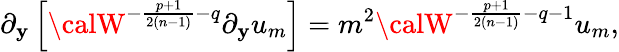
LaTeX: \partial_{\mathbf{y}}\left[{\calW}^{-{\frac{{p+1}}{{2(n-1)}}}-q}\partial_{\mathbf{y}}u_{m}\right]=m^{2}{\calW}^{-{\frac{{p+1}}{{2(n-1)}}}-q-1}u_{m},